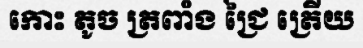
កោះ តូច ត្រពាំង ជ្រៃ ត្រើយ